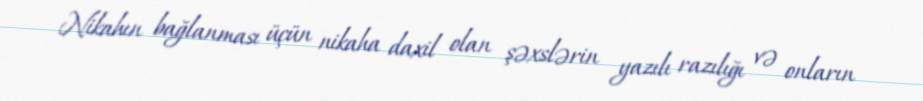
Nikahın bağlanması üçün nikaha daxil olan şəxslərin yazılı razılığı və onların